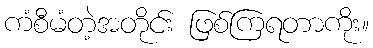
ကံစီမံတဲ့အတိုင်း ဖြစ်ကြရတာကိုး။